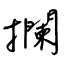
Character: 攔